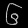
Digit: ၆